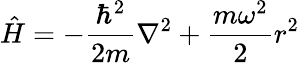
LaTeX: {\hat{H}}=-{\frac{\hbar^{2}}{2m}}\nabla^{2}+{\frac{m\omega^{2}}{2}}r^{2}